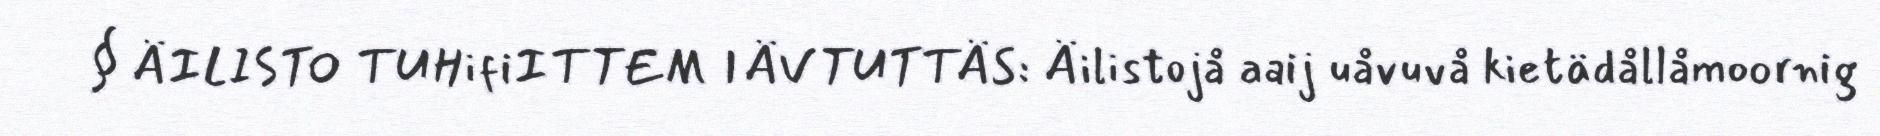
§ ÄILISTO TUHifiITTEM IÄVTUTTÄS: Äilistojå aaij uåvuvå kietädållåmoornig